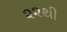
૨૨થી